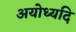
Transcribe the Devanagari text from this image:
अयोध्यदि